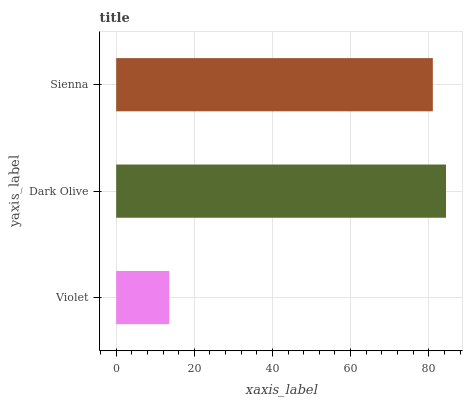
| yaxis_label | bars |
 | --- | --- |
 | Violet | 13.6 |
 | Dark Olive | 84.4 |
 | Sienna | 81 |